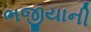
ભજીયાની